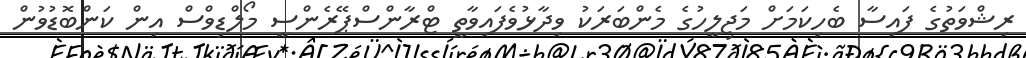
ރިޝްވަތުގެ ފައިސާ ބެހިކަމަށް މަޖިލީހުގެ މެންބަރަކު ވިދާޅުވެފައިވާތީ ޓްރާންސްޕޭރެންސީ މޯލްޑިވްސް އިން ކަންބޮޑުވުން